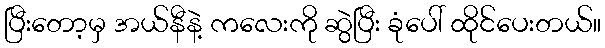
ပြီးတော့မှ အယ်နီနဲ့ ကလေးကို ဆွဲပြီး ခုံပေါ် ထိုင်ပေးတယ်။